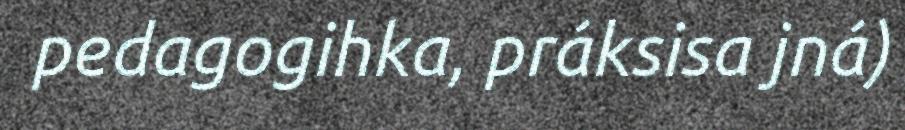
pedagogihka, práksisa jná)